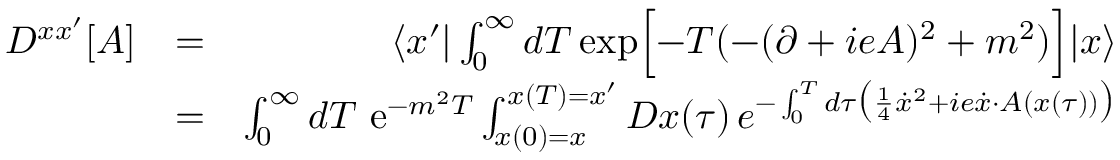
\begin{array} { r l r } { D ^ { x x ^ { \prime } } [ A ] } & { = } & { \langle x ^ { \prime } | \int _ { 0 } ^ { \infty } d T \, \mathrm { e x p } \Bigl \lbrack - T ( - ( \partial + i e A ) ^ { 2 } + m ^ { 2 } ) \Bigr \rbrack | x \rangle } \\ & { = } & { \int _ { 0 } ^ { \infty } d T \, \, \mathrm { e } ^ { - m ^ { 2 } T } \int _ { x ( 0 ) = x } ^ { x ( T ) = x ^ { \prime } } { \cal D } x ( \tau ) \, e ^ { - \int _ { 0 } ^ { T } d \tau \bigl ( { \frac { 1 } { 4 } } \dot { x } ^ { 2 } + i e \dot { x } \cdot A ( x ( \tau ) ) \bigr ) } } \end{array}